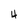
Character: 4